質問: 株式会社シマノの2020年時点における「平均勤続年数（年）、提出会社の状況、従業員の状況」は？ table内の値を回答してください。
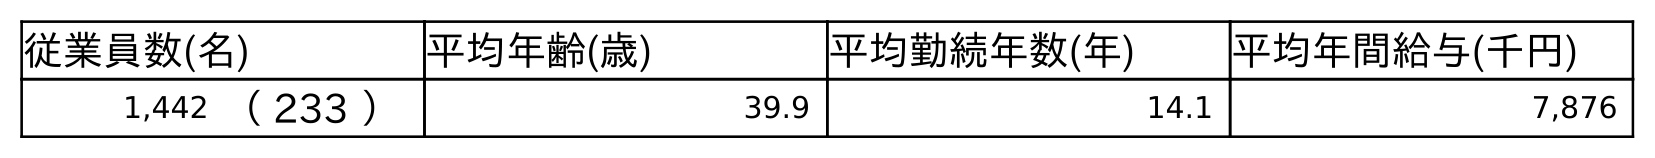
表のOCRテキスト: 従業員数(名) 平均年齢(歳) 平均勤続年数(年) 平均年間給与(千円) 1,442 （ 233 ） 39.9 14.1 7,876
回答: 14.1